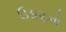
ઉડાણનો